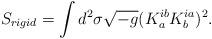
LaTeX: \begin{align*}S_{rigid} = \int d^{2} \sigma \sqrt{-g}(K_{a}^{ib} K_{b}^{ia})^{2}.\end{align*}